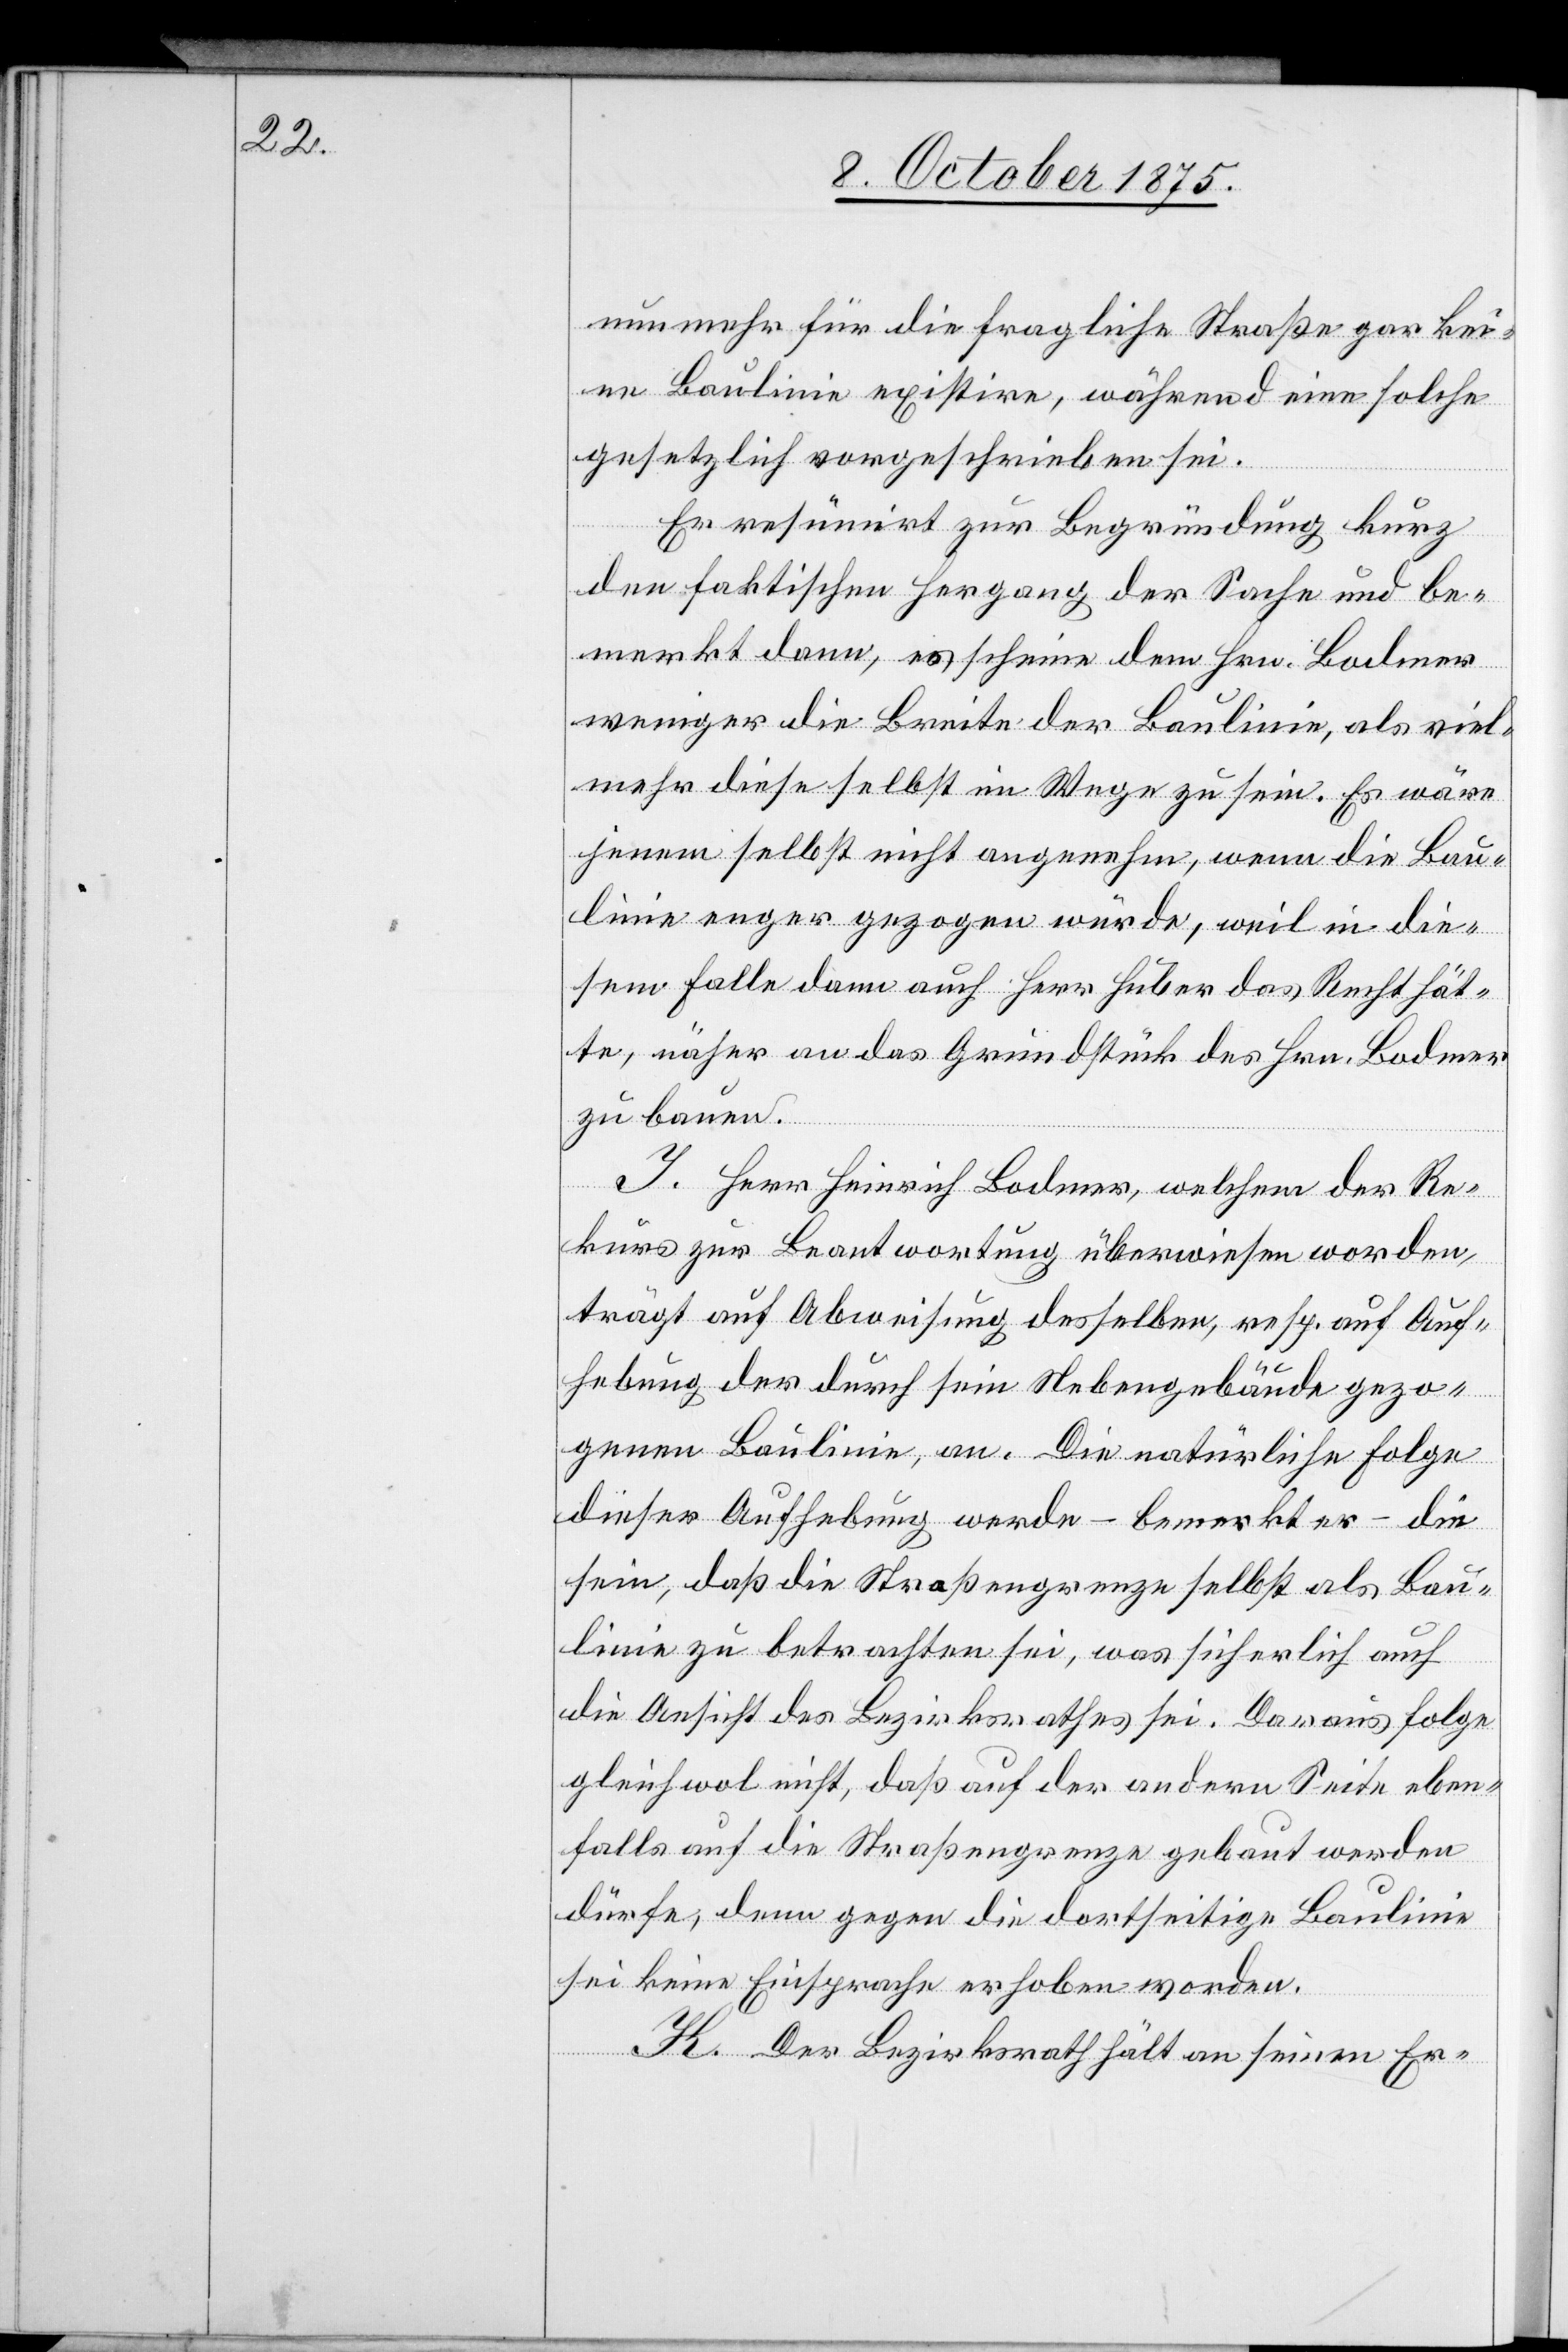
nunmehr für die fragliche Straße gar kei¬
ne Baulinie existire, während eine solche
gesetzlich vorgeschrieben sei.
Er resümirt zur Begründung kurz
den faktischen Hergang der Sache und be¬
merkt dann, es scheine dem Hrn. Bodmer
weniger die Breite der Baulinie, als viel¬
mehr diese selbst im Wege zu sein. Es wäre
jenem selbst nicht angenehm, wenn die Bau¬
linie enger gezogen würde, weil in die¬
sem Falle dann auch Herr Huber das Recht hät¬
te, näher an das Grundstück des Hrn. Bodmer
zu bauen.
I. Herr Heinrich Bodmer, welchem der Re¬
kurs zur Beantwortung überwiesen worden,
trägt auf Abweisung desselben, resp. auf Auf¬
hebung der durch sein Nebengebäude gezo¬
genen Baulinie, an. Die natürliche Folge
dieser Aufhebung werde – bemerkt er – die
sein, daß die Straßengrenze selbst als Bau¬
linie zu betrachten sei, was sicherlich auch
die Ansicht des Bezirksrathes sei. Daraus folge
gleichwol nicht, daß auf der andern Seite eben¬
falls auf die Straßengrenze gebaut werden
dürfe, denn gegen die dortseitige Baulinie
sei keine Einsprache erhoben worden.
K. Der Bezirksrath hält an seinen Er-